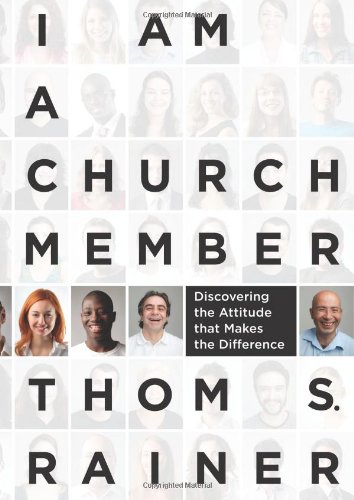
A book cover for I Am a Church Member: Discovering the Attitude that Makes the Difference; Thom S. Rainer; Christian Books & Bibles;